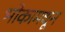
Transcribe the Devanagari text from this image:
भोकामधून